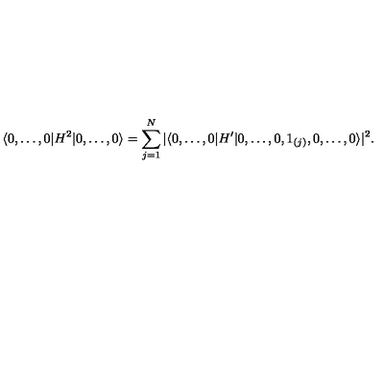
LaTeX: \langle 0 , \ldots , 0 \vert H ^ { 2 } \vert 0 , \ldots , 0 \rangle = \sum _ { j = 1 } ^ { N } \vert \langle 0 , \ldots , 0 \vert H ^ { \prime } \vert 0 , \ldots , 0 , 1 _ { ( j ) } , 0 , \ldots , 0 \rangle \vert ^ { 2 } .